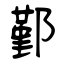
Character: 鄞